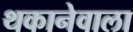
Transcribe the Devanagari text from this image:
थकानेवाला